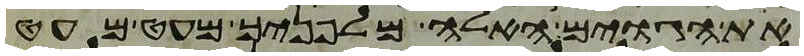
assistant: את הגוים האלה מלפניך מעט מעט